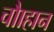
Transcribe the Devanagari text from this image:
चौाहान